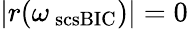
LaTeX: |r(\omega_{\mathrm{\ scs{BIC}}})|=0